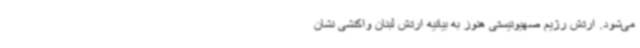
می‌شود. ارتش رژیم صهیونیستی هنوز به بیانیه ارتش لبنان واکنشی نشان